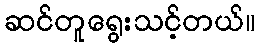
ဆင်တူရွေးသင့်တယ်။